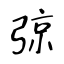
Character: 弶